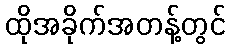
ထိုအခိုက်အတန့်တွင်